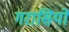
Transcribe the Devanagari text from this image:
गरासियों